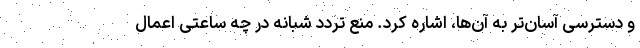
و دسترسی آسان‌تر به آن‌ها، اشاره کرد. منع تردد شبانه در چه ساعتی اعمال